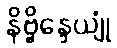
နိဗ္ဗိန္ဒေယျုံ